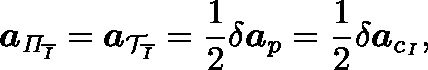
\boldsymbol { a } _ { \mathit { \Pi } _ { \overline { { I } } } } = \boldsymbol { a } _ { \mathcal { T } _ { \overline { { I } } } } = \frac { 1 } { 2 } \delta \boldsymbol { a } _ { p } = \frac { 1 } { 2 } \delta \boldsymbol { a } _ { c _ { I } } ,